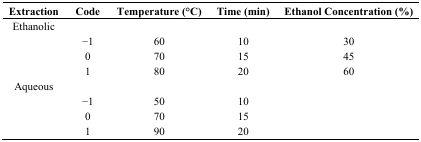
<table><thead><tr><td><b>Extraction</b></td><td><b>Code</b></td><td><b>Temperature (°C)</b></td><td><b>Time (min)</b></td><td><b>Ethanol Concentration (%)</b></td></tr></thead><tbody><tr><td>Ethanolic</td><td></td><td></td><td></td><td></td></tr><tr><td></td><td>−1</td><td>60</td><td>10</td><td>30</td></tr><tr><td></td><td>0</td><td>70</td><td>15</td><td>45</td></tr><tr><td></td><td>1</td><td>80</td><td>20</td><td>60</td></tr><tr><td>Aqueous</td><td></td><td></td><td></td><td></td></tr><tr><td></td><td>−1</td><td>50</td><td>10</td><td></td></tr><tr><td></td><td>0</td><td>70</td><td>15</td><td></td></tr><tr><td></td><td>1</td><td>90</td><td>20</td><td></td></tr></tbody></table>